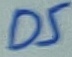
Text: D5